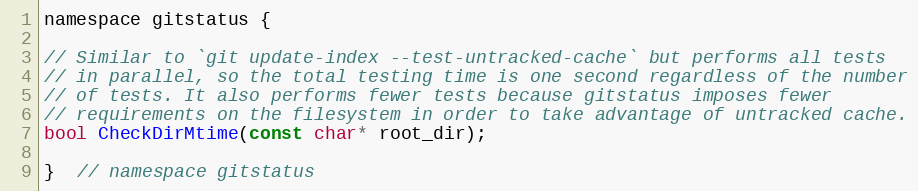
Language: C
namespace gitstatus {

// Similar to `git update-index --test-untracked-cache` but performs all tests
// in parallel, so the total testing time is one second regardless of the number
// of tests. It also performs fewer tests because gitstatus imposes fewer
// requirements on the filesystem in order to take advantage of untracked cache.
bool CheckDirMtime(const char* root_dir);

}  // namespace gitstatus